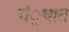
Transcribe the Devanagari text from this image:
गं्रथात